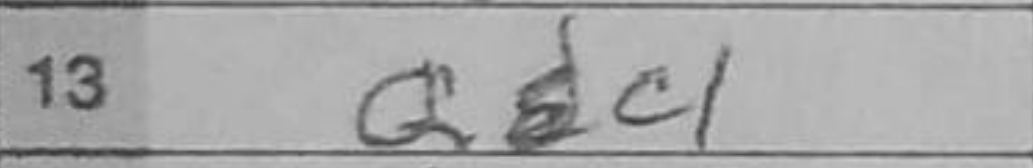
Transcription: Qc1